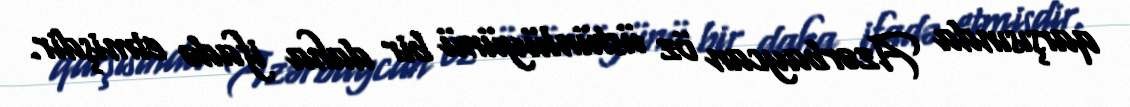
qarşısında Azərbaycan öz üstünlüyünü bir daha ifadə etmişdir.